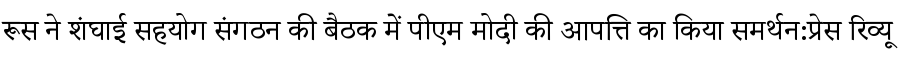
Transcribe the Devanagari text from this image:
रूस ने शंघाई सहयोग संगठन की बैठक में पीएम मोदी की आपत्ति का किया समर्थन:प्रेस रिव्यू